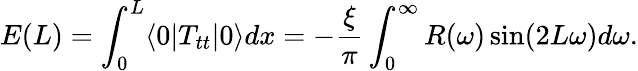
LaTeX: E(L)=\int_{0}^{L}\langle 0|T_{tt}|0\rangle dx=-{\frac{\xi}{\pi}}\int_{0}^{\infty}R(\omega)\sin(2L\omega)d\omega.